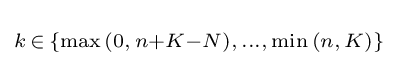
\scriptstyle {k\,\in \,\{\max {(0,\,n+K-N)},\,\dots ,\,\min {(n,\,K)}\}}